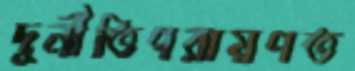
দুর্নীতিপরায়ণত